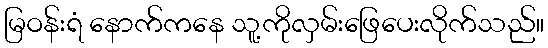
မြဝန်းရံ နောက်ကနေ သူ့ကိုလှမ်းဖြေပေးလိုက်သည်။